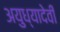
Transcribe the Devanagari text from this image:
अयुध्यादेवी